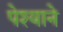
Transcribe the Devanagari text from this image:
पेश्याने